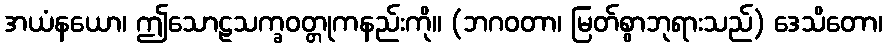
အယံနယော၊ ဤသောဠသက္ခဝတ္တုကနည်းကို။ (ဘဂဝတာ၊ မြတ်စွာဘုရားသည်) ဒေသိတော၊